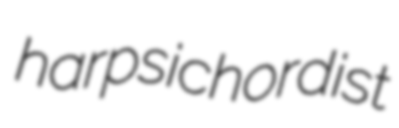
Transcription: harpsichordist